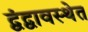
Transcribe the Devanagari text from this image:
द्वंद्वावस्थेत